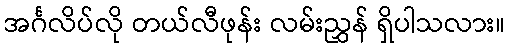
အင်္ဂလိပ်လို တယ်လီဖုန်း လမ်းညွှန် ရှိပါသလား။